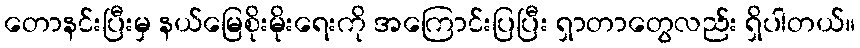
တောနင်းပြီးမှ နယ်မြေစိုးမိုးရေးကို အကြောင်းပြပြီး ရှာတာတွေလည်း ရှိပါတယ်။